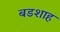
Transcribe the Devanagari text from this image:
बडशाह